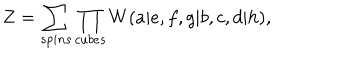
LaTeX: Z = \sum _ { s p i n s } \prod _ { c u b e s } W ( a | e , f , g | b , c , d | h ) ,